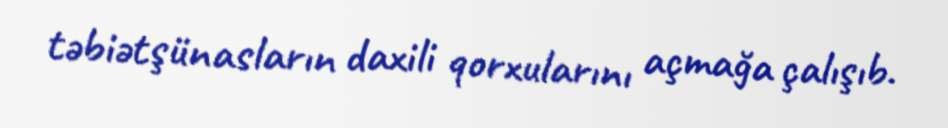
təbiətşünasların daxili qorxularını açmağa çalışıb.